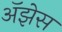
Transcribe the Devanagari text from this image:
अॅझेस